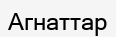
Агнаттар